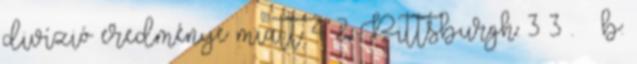
divízió eredménye miatt 4–2; Pittsburgh: 3–3 . ↑ b: